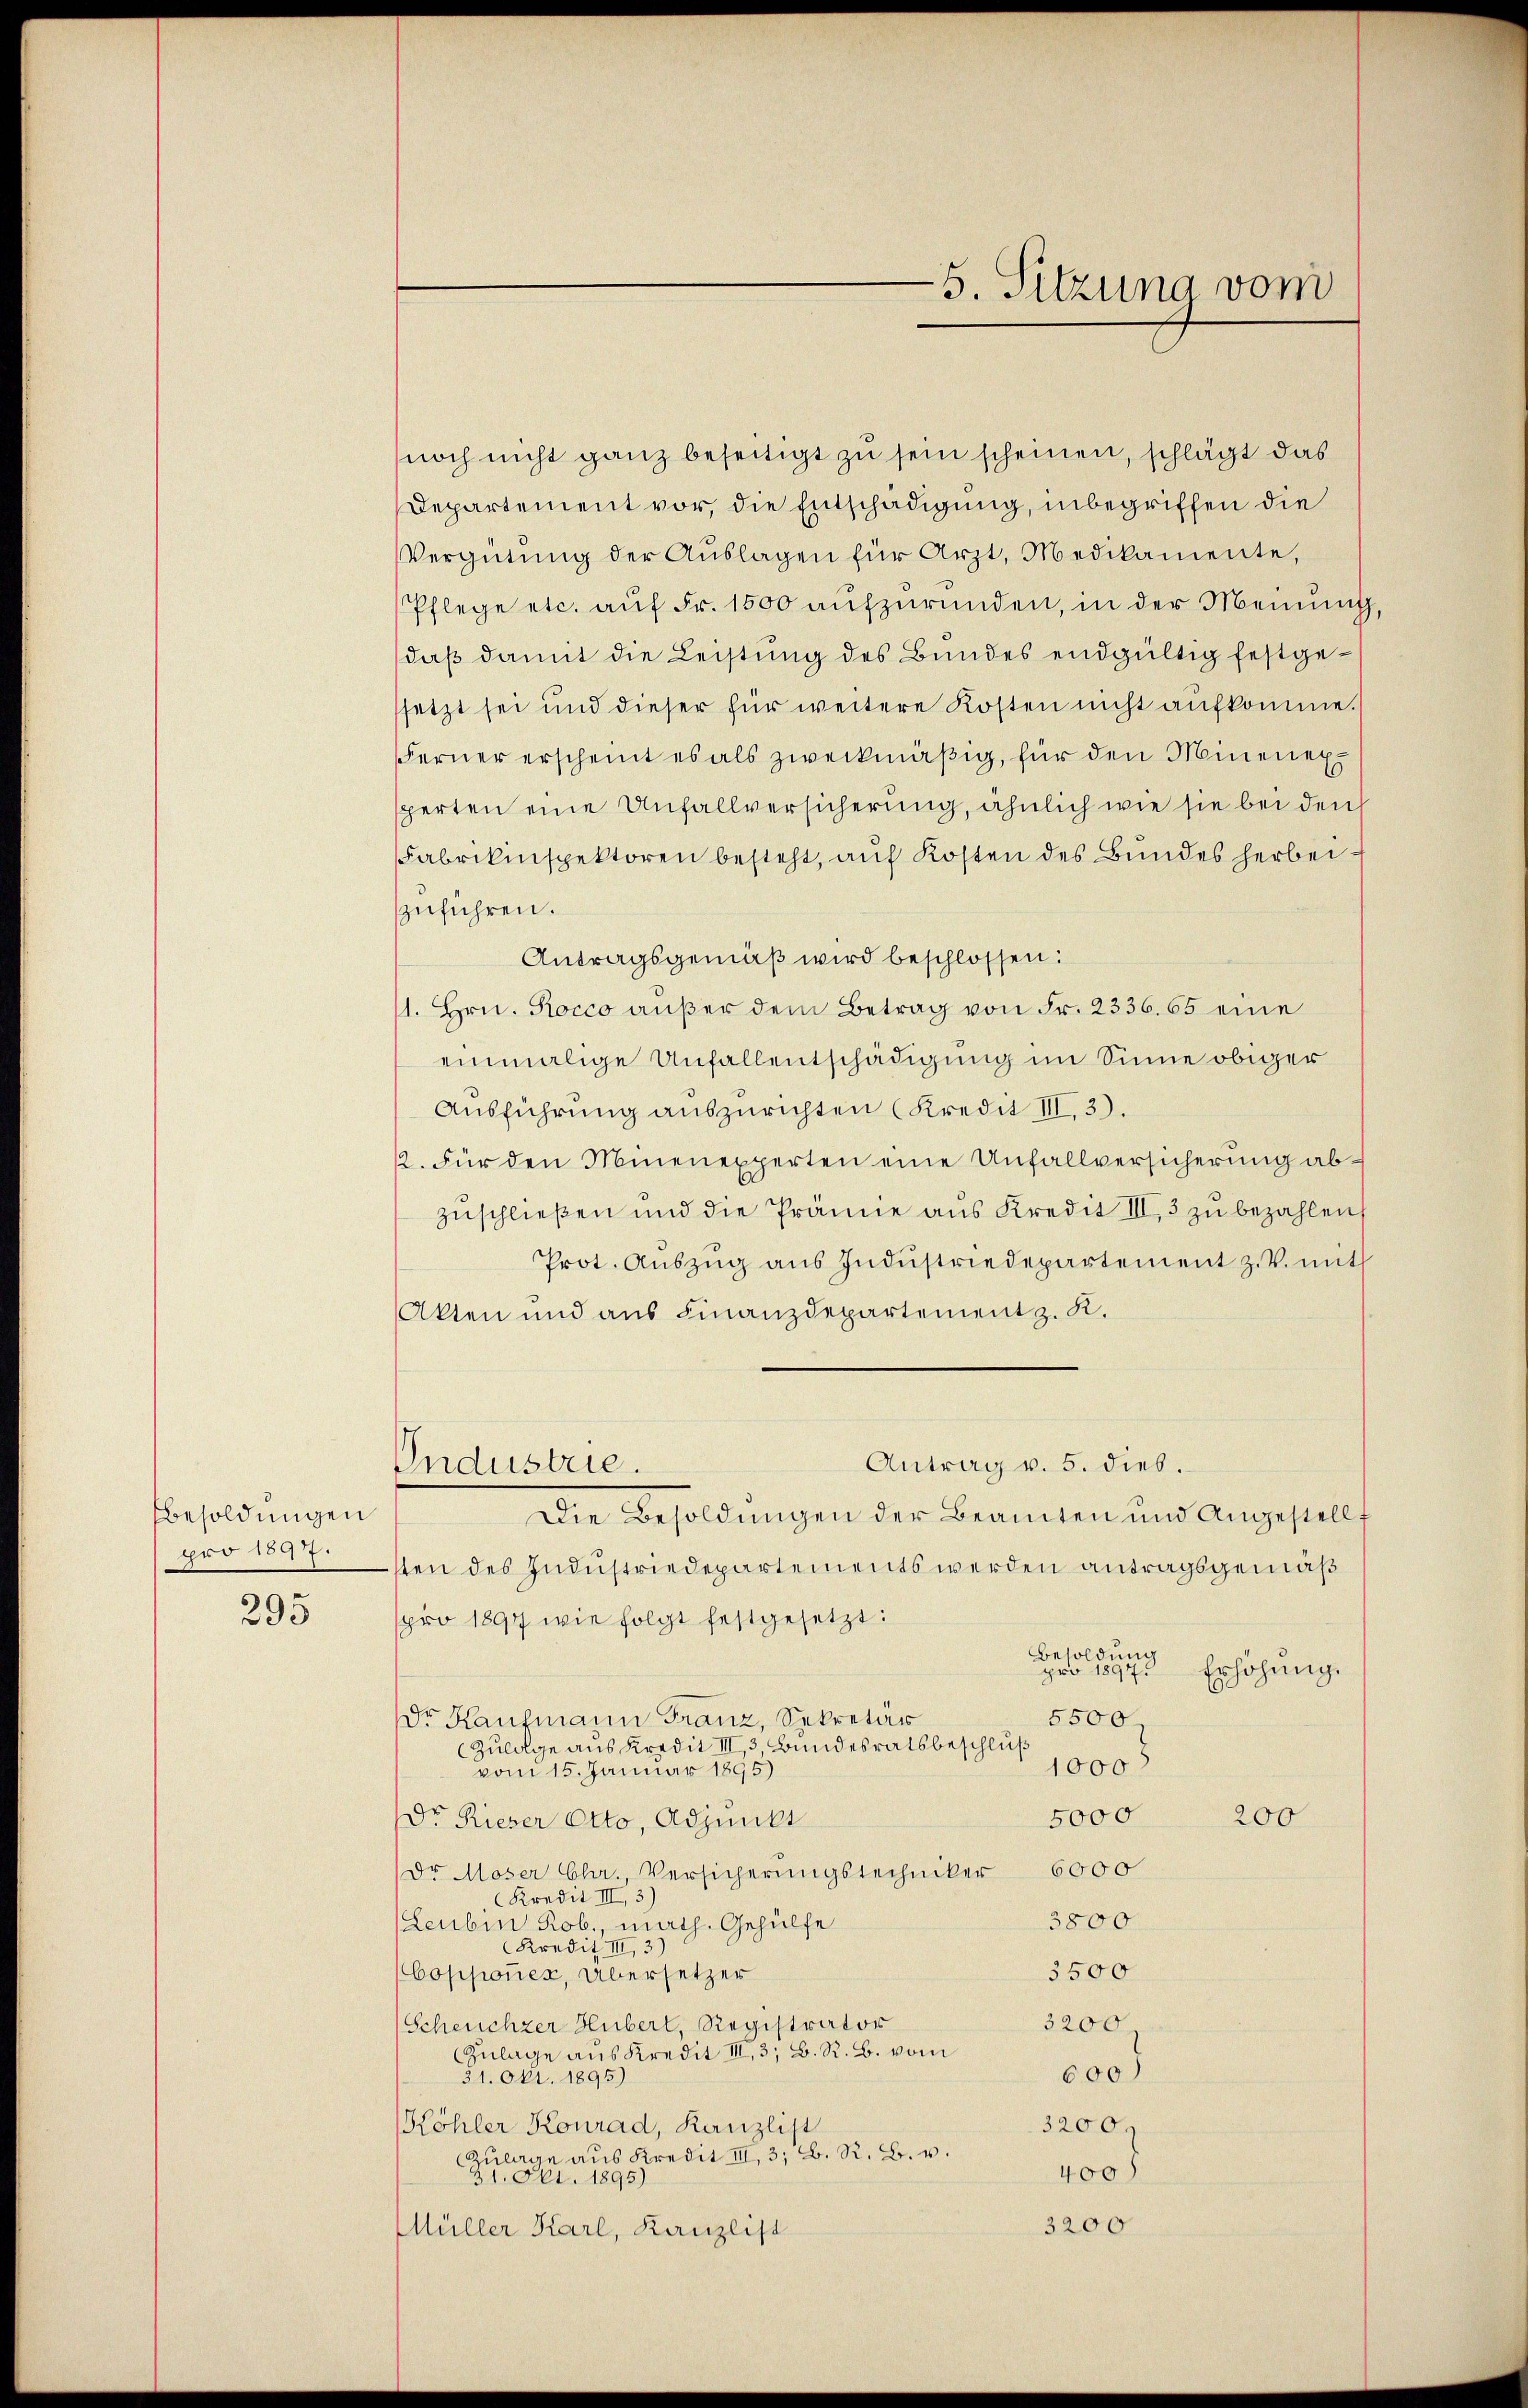
Besoldungen
pro 1897.

295

noch nicht ganz beseitigt zu sein scheinen, schlägt das
Departement vor, die Entschädigung, inbegriffen die
Vergütung der Auslagen für Arzt, Medikamente,
Pflege etc. aŭf Fr. 1500 aŭfzŭründen, in der Meinung,
daß damit die Leistung des Bundes endgültig festgesetzt sei und dieser für weitere Kosten nicht aufkomme.
Ferner erscheint es als zweckmäßig, für den Minenex
perten eine Unfallversicherung, ähnlich wie sie bei den
Fabrikinspektoren besteht, auf Kosten des Bundes herbeizuführen.
Antragsgemäß wird beschlossen:
1. Hrn. Rocco außer dem Betrag von Fr. 2336. 65 eine
einmalige Unfallentschädigung im Sinne obiger
Ausführung auszurichten (Kredit III. 3).
12. Für den Minenexperten eine Unfallversicherung abzuschließen und die Prämie aus Kredit III, 3 zu bezahlen
Prot. Aŭszŭg aŭs Indŭstriedepartement z. V. mit
Akten und aus Finanzdepartement z. K.
Antrag v. 5. dies.
Industrie.
Die Besoldungen der Beamten und Angestellt
sten des Industriedepartements werden antragsgemäß
pro 1897 wie folgt festgesetzt:
Besoldung
pro 1897.
Erhöhung.
5500
dr Kaufmann Franz, Sekretär
Zulage aus Kredit III, 3 Bundesratsbeschluß
1000
vom 15. Januar 1895)
5000
200
Dr. Rieser Otto, Adjunkt
Dr Moser Chr., Versicherungstechniker 6000
Kredit III, 3)
3800
Leubin Rob., math. Gehülfe
Kredit III, 3)
5500
Copponer, Übersetzer
3200.
Scheuchzer Huberl, Registrator
Zulage aus Kredit III, 3; B. R. B. vom
600)
51. Okt. 1895)
Köhler Konrad, Kanzlist
3200
ZZulage aus Kredit III, 3; B. R. B. v.
400)
31. Okt. 1895)
3200
Müller Karl, Kanzlist

5. Sitzung vom